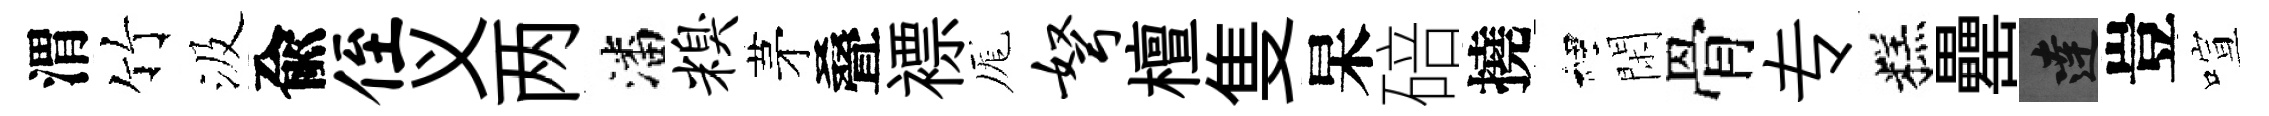
渭竹汲兪侄义两潘糗茅叠褾厖弩檀隻杲碚撓裡閑骨专糕罍達豈喧